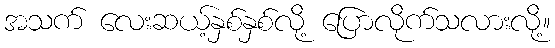
အသက် လေးဆယ့်နှစ်နှစ်လို့ ပြောလိုက်သလားလို့။